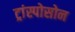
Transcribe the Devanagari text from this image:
ट्रांस्पोसोन